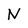
Character: N